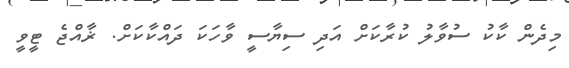
މިދެން ކާކު ސުވާލު ކުރާކަށް އަދި ސިޔާސީ ވާހަކަ ދައްކާކަށް. ޜާއްޖެ ޓީވީ